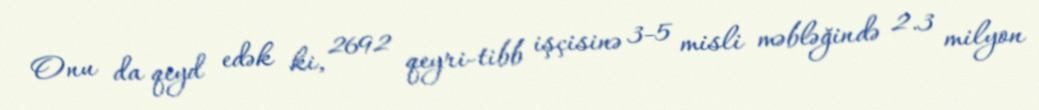
Onu da qeyd edək ki, 2692 qeyri-tibb işçisinə 3-5 misli məbləğində 2.3 milyon